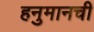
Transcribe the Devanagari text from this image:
हनुमानची